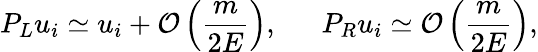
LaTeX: P_{L}u_{i}\simeq u_{i}+{\cal O}\left(\frac m{2E}\right),\, \, \, \, \, \, \, \, \, P_{R}u_{i}\simeq{\cal O}\left(\frac m{2E}\right),